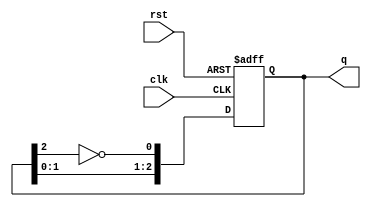
module JohnsonCounter #(parameter N = 3) (
    input wire clk,          // Clock input
    input wire rst,          // Asynchronous reset input
    output reg [N-1:0] q     // Output of the counter
);

    // Internal signal for the inverted output of the last flip-flop
    wire inverted_last;

    // Invert the last flip-flop output
    assign inverted_last = ~q[N-1];

    always @(posedge clk or posedge rst) begin
        if (rst) begin
            // Asynchronous reset
            q <= 0; // Reset counter output to 0
        end else begin
            // Shift the states
            q <= {q[N-2:0], inverted_last};
        end
    end

endmodule